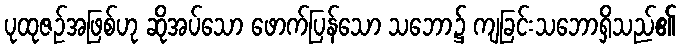
ပုထုဇဉ်အဖြစ်ဟု ဆိုအပ်သော ဖောက်ပြန်သော သဘော၌ ကျခြင်းသဘောရှိသည်၏